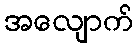
အလျောက်